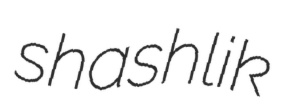
shashlik